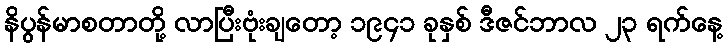
နိပွန်မာစတာတို့ လာပြီးဗုံးချတော့ ၁၉၄၁ ခုနှစ် ဒီဇင်ဘာလ ၂၃ ရက်နေ့